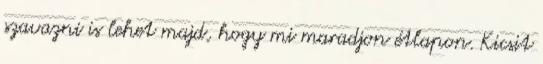
szavazni is lehet majd, hogy mi maradjon étlapon. Kicsit